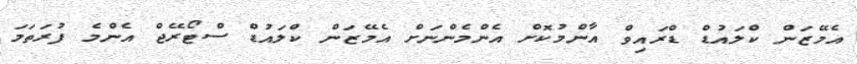
އެމޭޒަން ކްލައުޑް ޑްރައިވް އާންމުކޮށް އެންމެންނަށް އެމޭޒަން ކްލައުޑް ސްޓޯރޭޖް އެންމެ ފުރަތަމަ